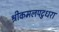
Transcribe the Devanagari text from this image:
श्रीकमलपटुधरा